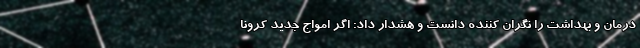
درمان و بهداشت را نگران کننده دانست و هشدار داد: اگر امواج جدید کرونا